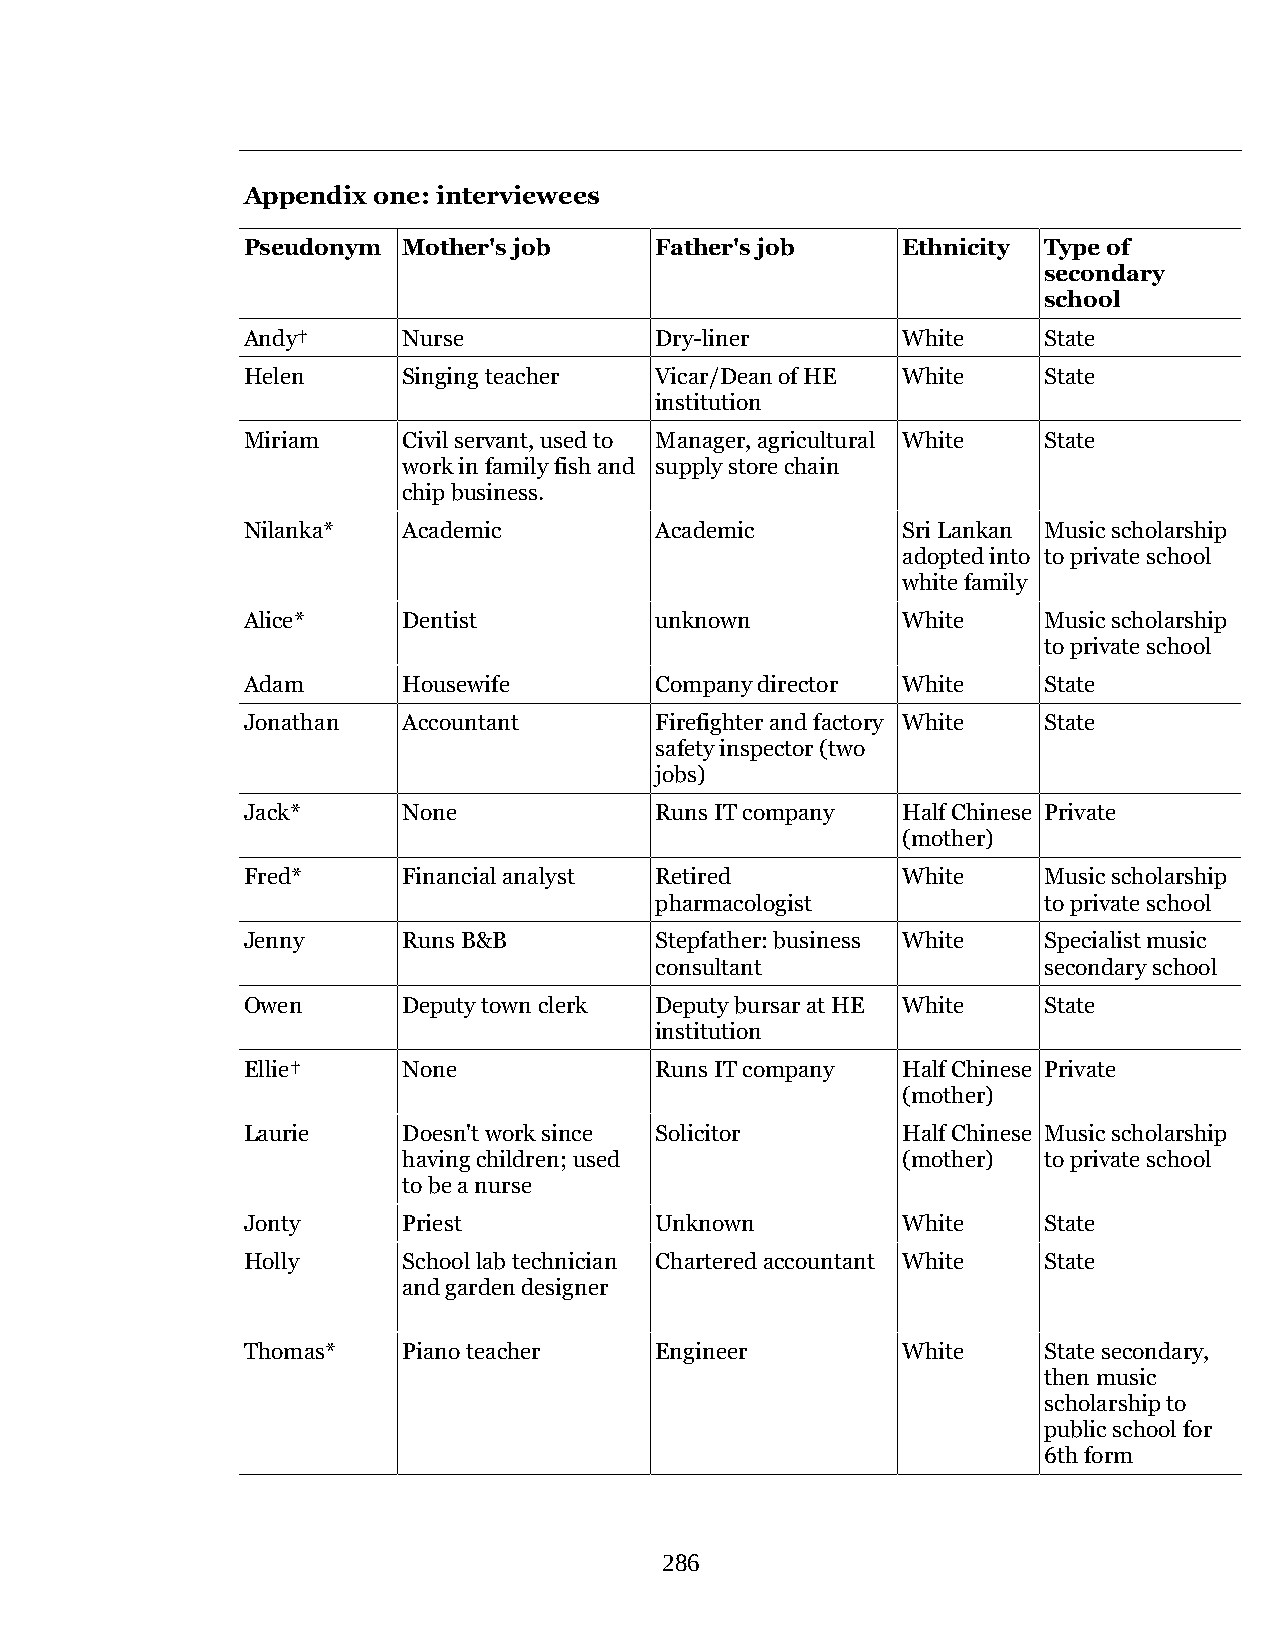
Appendix one: interviewees
 Pseudonym  Mother's job    Father's job     Ethnicity Type of
 secondary
 school
 Andy†      Nurse           Dry-liner        White    State
 Helen      Singing teacher Vicar/Dean of HE White    State
 institution
 Miriam     Civil servant, used to Manager, agricultural White State
 work in family fish and supply store chain
 chip business.
 Nilanka*   Academic        Academic         Sri Lankan Music scholarship
 adopted into to private school
 white family
 Alice*     Dentist         unknown          White    Music scholarship
 to private school
 Adam       Housewife       Company director White    State
 Jonathan   Accountant      Firefighter and factory White State
 safety inspector (two
 jobs)
 Jack*      None            Runs IT company  Half Chinese Private
 (mother)
 Fred*      Financial analyst Retired        White    Music scholarship
 pharmacologist            to private school
 Jenny      Runs B&B        Stepfather: business White Specialist music
 consultant                secondary school
 Owen       Deputy town clerk Deputy bursar at HE White State
 institution
 Ellie†     None            Runs IT company  Half Chinese Private
 (mother)
 Laurie     Doesn't work since Solicitor     Half Chinese Music scholarship
 having children; used            (mother) to private school
 to be a nurse
 Jonty      Priest          Unknown          White    State
 Holly      School lab technician Chartered accountant White State
 and garden designer
 Thomas*    Piano teacher   Engineer         White    State secondary,
 then music
 scholarship to
 public school for
 6th form
 286